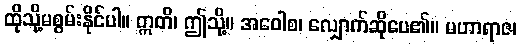
ထိုသို့မစွမ်းနိုင်ပါ။ ဣတိ၊ ဤသို့။ အဝေါစ၊ လျှောက်ဆိုပေ၏။ မဟာရာဇ၊